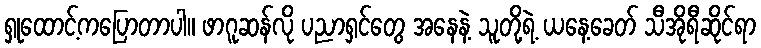
ရှုထောင့်ကပြောတာပါ။ ဖာဂူဆန်လို ပညာရှင်တွေ အနေနဲ့ သူတို့ရဲ့ ယနေ့ခေတ် သီအိုရီဆိုင်ရာ